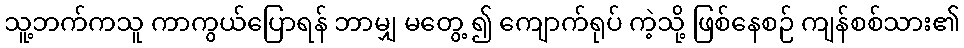
သူ့ဘက်ကသူ ကာကွယ်ပြောရန် ဘာမျှ မတွေ့ ၍ ကျောက်ရုပ် ကဲ့သို့ ဖြစ်နေစဉ် ကျန်စစ်သား၏